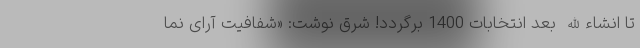
تا انشاءالله بعد انتخابات 1400 برگردد! شرق نوشت: «شفافیت آرای نما